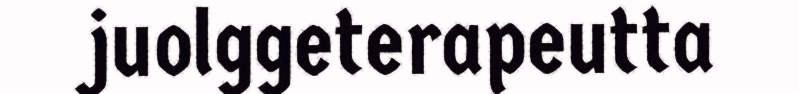
juolggeterapeutta